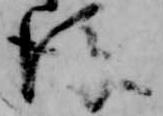
後